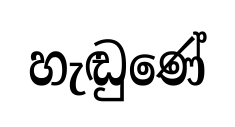
හැඬුණේ